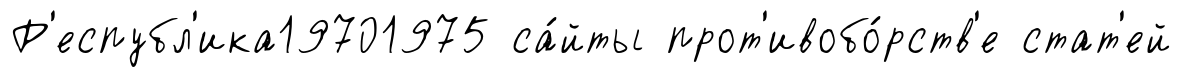
Р'еспубл'ика19701975 са́йты прот'ивобо́рств'е стат'ей